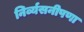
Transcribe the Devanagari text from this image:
निर्व्यसनीपणा